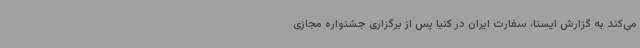
می‌کند به گزارش ایسنا، سفارت ایران در کنیا پس از برگزاری جشنواره مجازی